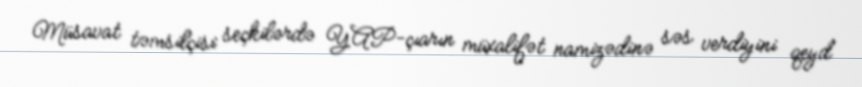
Müsavat təmsilçisi seçkilərdə YAP-çıarın müxalifət namizədinə səs verdiyini qeyd